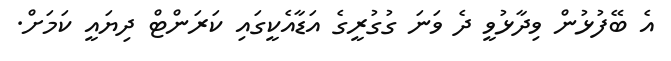
އެ ބޭފުޅުން ވިދާޅުވީ ދެ ވަނަ ގުގުރީގެ އަޑާއެކީގައި ކަރަންޓް ދިޔައީ ކަމަށް.